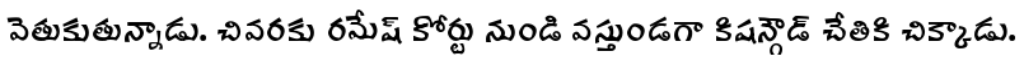
వెతుకుతున్నాడు. చివరకు రమేష్ కోర్టు నుండి వస్తుండగా కిషన్గౌడ్ చేతికి చిక్కాడు.